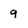
Character: q